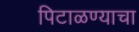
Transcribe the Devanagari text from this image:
पिटाळण्याचा